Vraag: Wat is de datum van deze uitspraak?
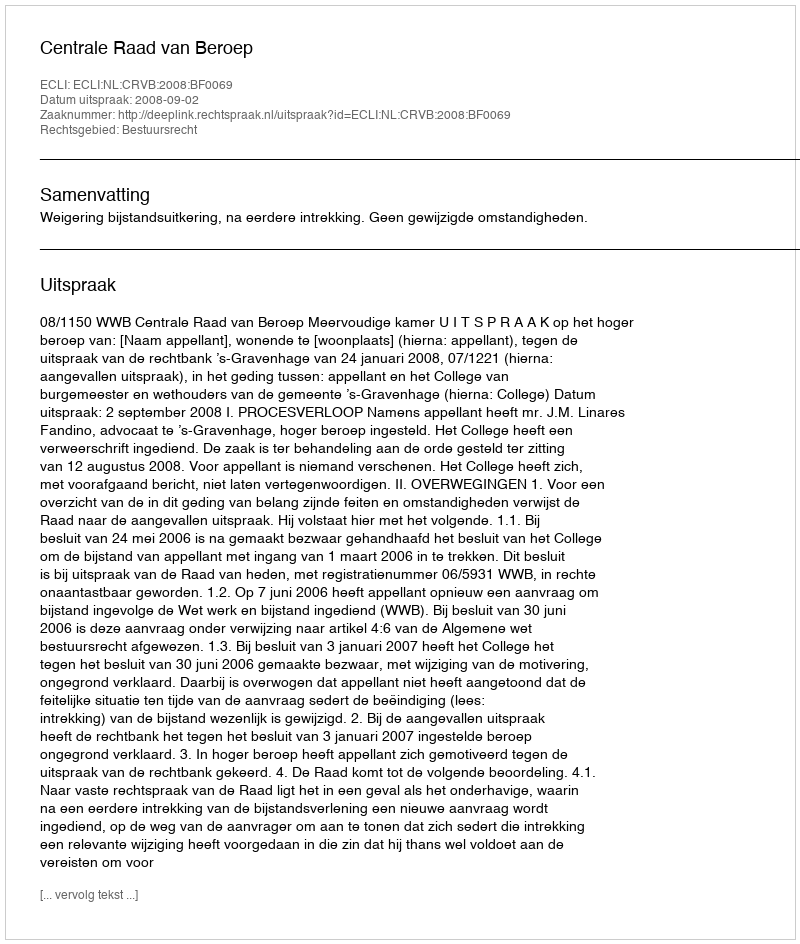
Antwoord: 2008-09-02